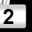
Digit: 2